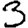
Digit: 3